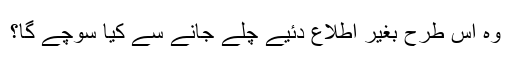
وہ اس طرح بغیر اطلاع دئیے چلے جانے سے کیا سوچے گا؟